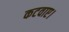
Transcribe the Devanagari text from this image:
कटवाए।